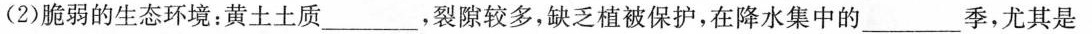
(2)脆弱的生态环境：黄土土质\underline，裂隙较多，缺乏植被保护，在降水集中的\underline季，尤其是